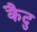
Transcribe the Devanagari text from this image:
कैदु